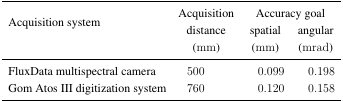
<table><thead><tr><td rowspan="2"><b>Acquisition system</b></td><td rowspan="2"><b>Acquisitiondistance(mm)</b></td><td colspan="2"><b>Accuracy goal</b></td></tr><tr><td><b>spatial(mm)</b></td><td><b>angular(mrad)</b></td></tr></thead><tbody><tr><td>FluxData multispectral camera</td><td>500</td><td>0.099</td><td>0.198</td></tr><tr><td>Gom Atos III digitization system</td><td>760</td><td>0.120</td><td>0.158</td></tr></tbody></table>